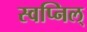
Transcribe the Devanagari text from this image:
स्वप्निल्